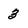
Character: 3